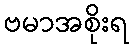
ဗမာအစိုးရ